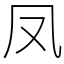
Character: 凤